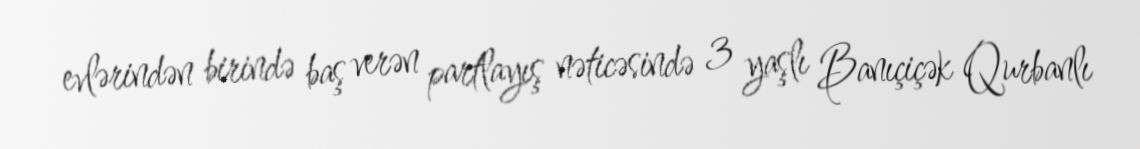
evlərindən birində baş verən partlayış nəticəsində 3 yaşlı Banıçiçək Qurbanlı